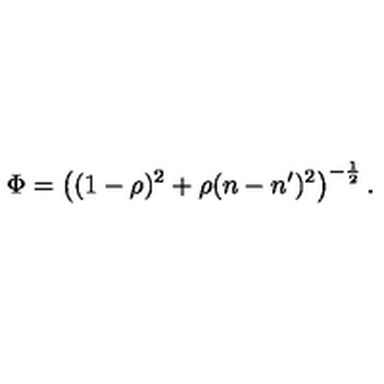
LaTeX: \Phi = \left( ( 1 - \rho ) ^ { 2 } + \rho ( n - n ^ { \prime } ) ^ { 2 } \right) ^ { - \frac { 1 } { 2 } } .